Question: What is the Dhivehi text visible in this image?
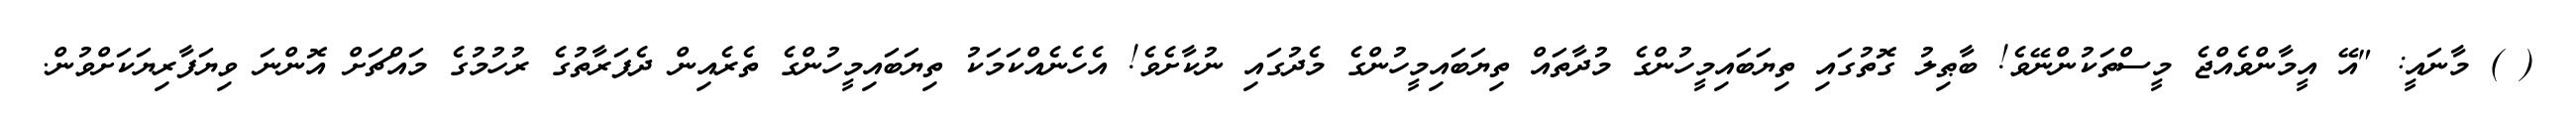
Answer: ( ) މާނައީ: "އޭ އީމާންވެއްޖެ މީސްތަކުންނޭވެ! ބާޠިލު ގޮތުގައި ތިޔަބައިމީހުންގެ މުދާތައް ތިޔަބައިމީހުންގެ މެދުގައި ނުކާށެވެ! އެހެނެއްކަމަކު ތިޔަބައިމީހުންގެ ތެރެއިން ދެފަރާތުގެ ރުހުމުގެ މައްޗަށް އޮންނަ ވިޔަފާރިޔަކަށްވުން.